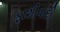
ફાશીવાદી